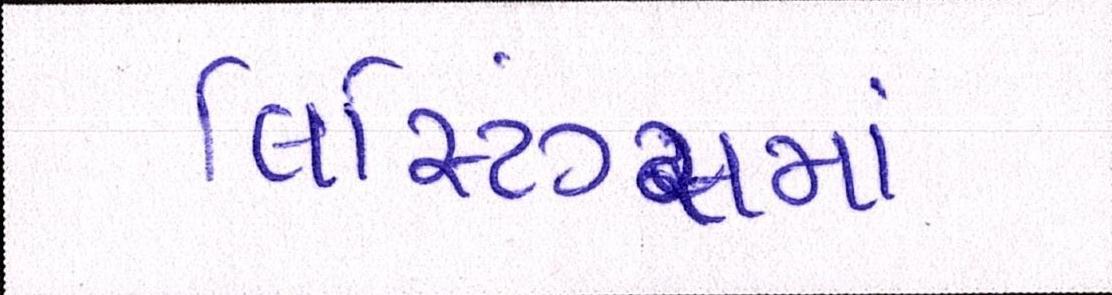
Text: લિસ્ટિંગ્સમાં